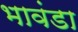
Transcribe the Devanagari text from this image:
भावंडा